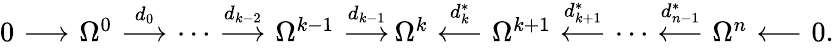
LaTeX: \begin{array}{cccccccccccccccccccccc}{{0\! \! \! }}&{{\! \stackrel{}{\longrightarrow}\! \! \! }}&{{\! \Omega^{0}\! \! \! }}&{{\! \stackrel{d_{0}}{\longrightarrow}\! \! \! }}&{{\! \cdots\! \! \! }}&{{\! \stackrel{d_{k-2}}{\longrightarrow}\! \! \! }}&{{\! \Omega^{k-1}\! \! \! }}&{{\! \stackrel{d_{k-1}}{\longrightarrow}\! \! \! }}&{{\! \! \Omega^{k}\! \! \! }}&{{\! \stackrel{d_{k}^{*}}{\longleftarrow}\! \! \! }}&{{\! \Omega^{k+1}\! \! \! }}&{{\! \stackrel{d_{k+1}^{*}}{\longleftarrow}\! \! \! }}&{{\! \cdots\! \! \! }}&{{\! \stackrel{d_{n-1}^{*}}{\longleftarrow}\! \! \! }}&{{\! \Omega^{n}\! \! \! }}&{{\! \stackrel{}{\longleftarrow}\! \! \! }}&{{\! 0.}}\end{array}